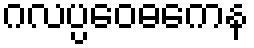
ဂလပ္ပဝေဓကေန